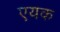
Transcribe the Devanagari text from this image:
एयक